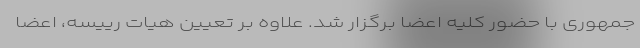
جمهوری با حضور کلیه اعضا برگزار شد. علاوه بر تعیین هیات رییسه، اعضا